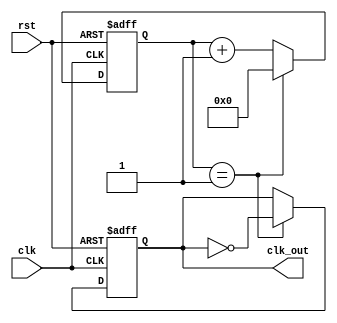
module ClockDivider #(
    parameter DIV_FACTOR = 2,  // Division factor
    parameter WIDTH = 8         // Bit-width for the counter
)(
    input wire clk,             // Input clock
    input wire rst,             // Asynchronous reset
    output reg clk_out          // Divided clock output
);

    // Counter variable
    reg [WIDTH-1:0] counter;

    // Always block for clock division
    always @(posedge clk or posedge rst) begin
        if (rst) begin
            // Reset the counter and output clock
            counter <= 0;
            clk_out <= 0;
        end else begin
            // Increment the counter
            if (counter == DIV_FACTOR - 1) begin
                // Toggle the output clock and reset the counter
                clk_out <= ~clk_out;
                counter <= 0;
            end else begin
                // Increment the counter
                counter <= counter + 1;
            end
        end
    end

endmodule